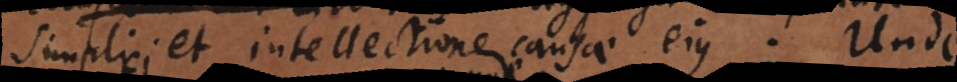
simplici et intellectione causae ejus. Unde